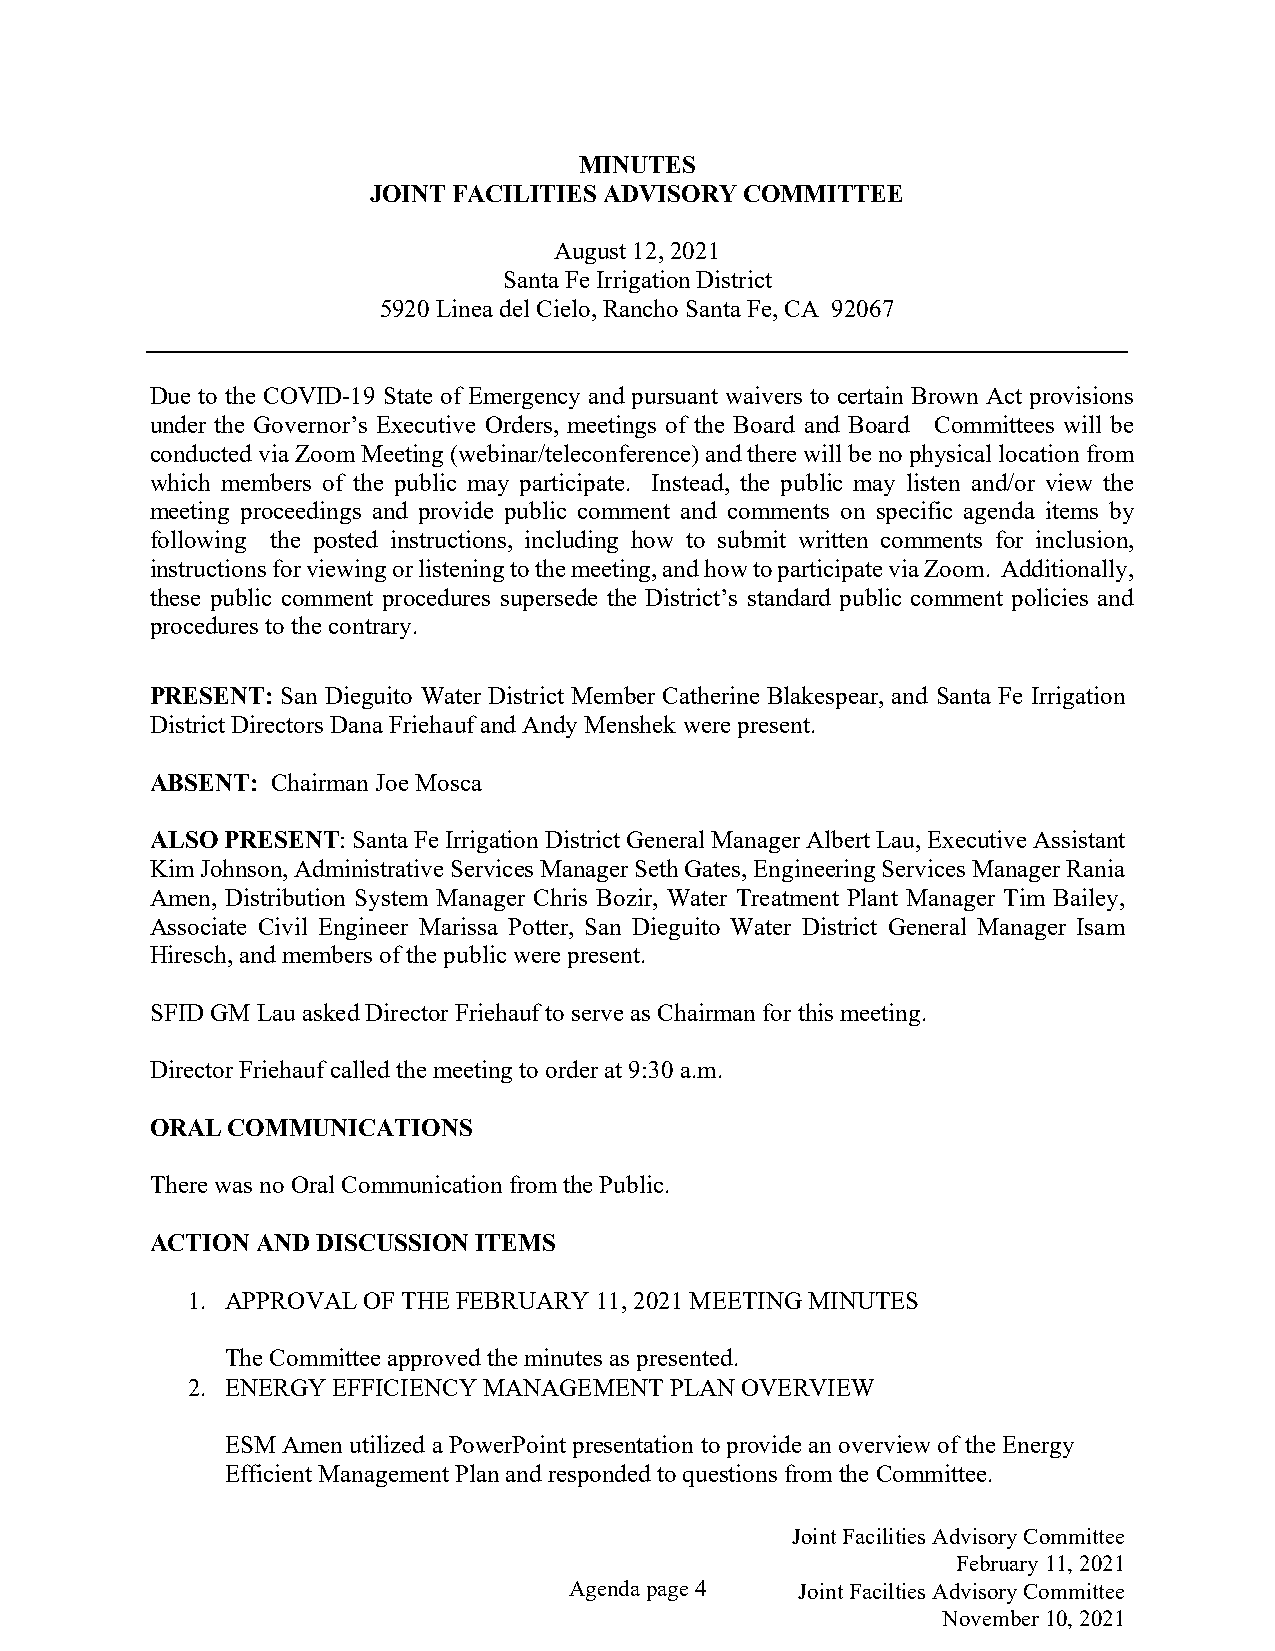
MINUTES
 JOINT FACILITIES ADVISORY COMMITTEE
 August 12, 2021
 Santa Fe Irrigation District
 5920 Linea del Cielo, Rancho Santa Fe, CA 92067
 Due to the COVID-19 State of Emergency and pursuant waivers to certain Brown Act provisions
 under the Governor’s Executive Orders, meetings of the Board and Board Committees will be
 conducted via Zoom Meeting (webinar/teleconference) and there will be no physical location from
 which members of the public may participate. Instead, the public may listen and/or view the
 meeting proceedings and provide public comment and comments on specific agenda items by
 following the posted instructions, including how to submit written comments for inclusion,
 instructions for viewing or listening to the meeting, and how to participate via Zoom. Additionally,
 these public comment procedures supersede the District’s standard public comment policies and
 procedures to the contrary.
 PRESENT: San Dieguito Water District Member Catherine Blakespear, and Santa Fe Irrigation
 District Directors Dana Friehauf and Andy Menshek were present.
 ABSENT: Chairman Joe Mosca
 ALSO PRESENT: Santa Fe Irrigation District General Manager Albert Lau, Executive Assistant
 Kim Johnson, Administrative Services Manager Seth Gates, Engineering Services Manager Rania
 Amen, Distribution System Manager Chris Bozir, Water Treatment Plant Manager Tim Bailey,
 Associate Civil Engineer Marissa Potter, San Dieguito Water District General Manager Isam
 Hiresch, and members of the public were present.
 SFID GM Lau asked Director Friehauf to serve as Chairman for this meeting.
 Director Friehauf called the meeting to order at 9:30 a.m.
 ORAL COMMUNICATIONS
 There was no Oral Communication from the Public.
 ACTION AND DISCUSSION ITEMS
 1. APPROVAL OF THE FEBRUARY 11, 2021 MEETING MINUTES
 The Committee approved the minutes as presented.
 2. ENERGY EFFICIENCY MANAGEMENT PLAN OVERVIEW
 ESM Amen utilized a PowerPoint presentation to provide an overview of the Energy
 Efficient Management Plan and responded to questions from the Committee.
 Joint Facilities Advisory Committee
 February 11, 2021
 Agenda page 4  Joint Facilties Advisory Committee
 November 10, 2021